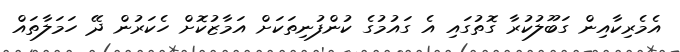
އެމެރިކާއިން ގަބޫލުކުރާ ގޮތުގައި އެ ގައުމުގެ ކުންފުނިތަކަށް އަމާޒުކޮށް ހެކަރުން ދޭ ހަމަލާތައް